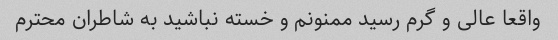
واقعا عالی و گرم رسید ممنونم و خسته نباشید به شاطران محترم